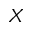
\boldsymbol { X }